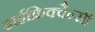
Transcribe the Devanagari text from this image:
हाईफ्रिक्वैन्सी